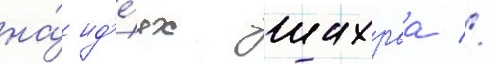
на́ ид'е́ях шахраа //